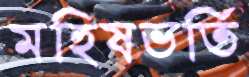
মহিষভর্তি